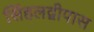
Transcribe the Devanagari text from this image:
सिंहलद्वीपास